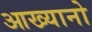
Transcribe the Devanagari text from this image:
आख्यानो